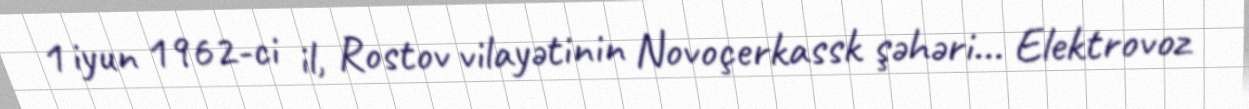
1 iyun 1962-ci il, Rostov vilayətinin Novoçerkassk şəhəri... Elektrovoz